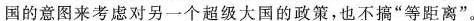
国的意图来考虑对另一个超级大国的政策，也不搞”等距离”。